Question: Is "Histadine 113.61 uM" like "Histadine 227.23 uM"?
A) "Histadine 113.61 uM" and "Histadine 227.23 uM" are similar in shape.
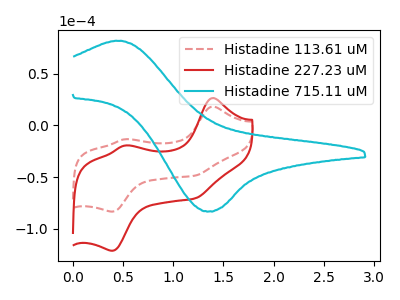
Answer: <think>The red dashed curve "Histadine 113.61 uM" has anodic peaks at (1.40V, 18.20uA) (0.50V, -13.40uA) and cathodic peaks at (1.20V, -48.70uA) (0.40V, -83.50uA). The red curve "Histadine 227.23 uM" has anodic peaks at (1.40V, 26.50uA) (0.50V, -19.50uA) and cathodic peaks at (1.20V, -70.80uA) (0.40V, -121.45uA). The cyan curve "Histadine 715.11 uM" has an anodic peak at (0.45V, 81.85uA) and a cathodic peak at (1.35V, -83.35uA).
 All the peaks in "Histadine 113.61 uM" have a peak in "Histadine 227.23 uM" at the same potential.</think>
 <answer>A) "Histadine 113.61 uM" and "Histadine 227.23 uM" are similar in shape.</answer>
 <eval>A</eval>